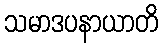
သမာဒပနာယာတိ